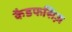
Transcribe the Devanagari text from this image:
कैडफसिज़